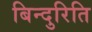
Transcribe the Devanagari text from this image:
बिन्दुरिति